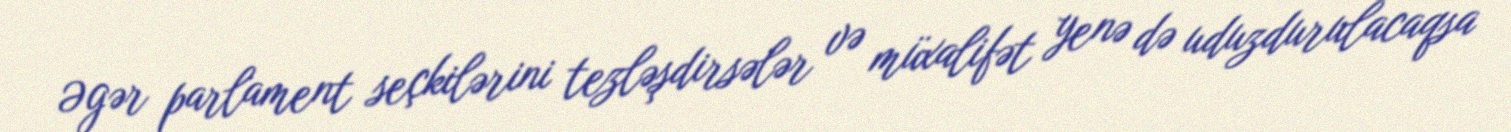
Əgər parlament seçkilərini tezləşdirsələr və müxalifət yenə də uduzdurulacaqsa